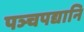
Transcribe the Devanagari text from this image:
पञ्चपद्यानि